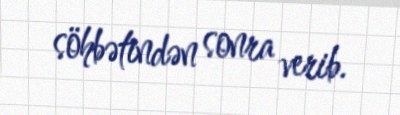
söhbətindən sonra verib.